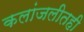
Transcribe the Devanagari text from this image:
कलांजलीतही